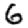
Digit: 6